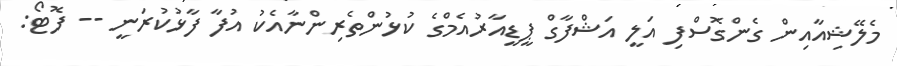
މެލޭޝިއާއިން ގެންގޮސްފި އަލީ އަޝްފާގް ޕީޑީއާރުއެމްގެ ކުޅުންތެރިންނާއެކު އުފާ ފާޅުކުރަނީ -- ފޮޓޯ: